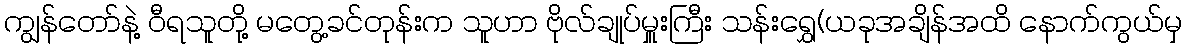
ကျွန်တော်နဲ့ ဝီရသူတို့ မတွေ့ခင်တုန်းက သူဟာ ဗိုလ်ချုပ်မှူးကြီး သန်းရွှေ(ယခုအချိန်အထိ နောက်ကွယ်မှ